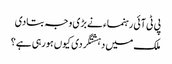
پی ٹی آئی رہنماء نے بڑی وجہ بتادی
ملک میں دہشتگردی کیوں ہورہی ہے؟